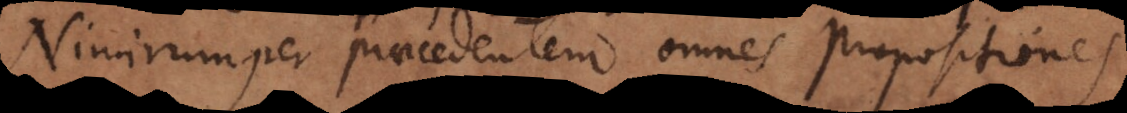
Nimirum per praecedentem omnes propositiones